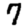
Digit: 7